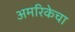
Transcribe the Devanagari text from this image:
अमरिकेचा